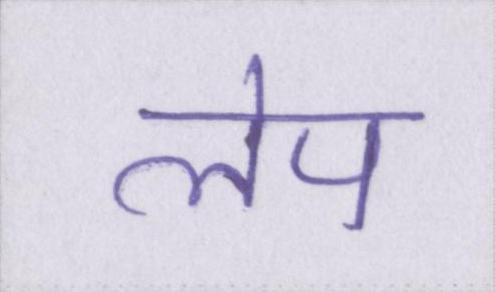
लेप